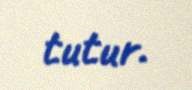
tutur.